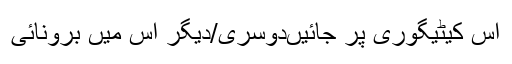
اس کیٹیگوری پر جائیںدوسری/دیگر اس میں برونائی